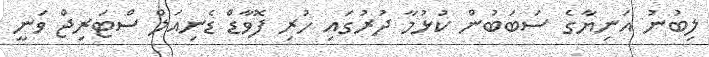
ލިބުނު އަނިޔާގެ ސަބަބުން ކުޅުމާ ދުރުގައި ހުރި ފޮވާޑް ޑެނިއަލް ސްޓަރިޖް ވަނީ